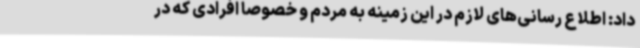
داد: اطلاع رسانی‌های لازم در این زمینه به مردم و خصوصا افرادی که در